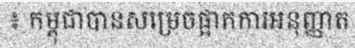
៖ កម្ពុជាបានសម្រេចផ្អាកការអនុញ្ញាត